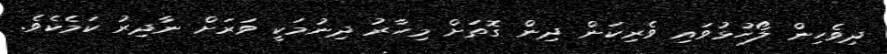
ދިވެހިން ލޯހުޅުވައި ވެރިކަން ދިން ގޮތަށް މިހާރު ދިނުމަކީ ވަރަށް ނާދިރު ކަމެކެވެ.